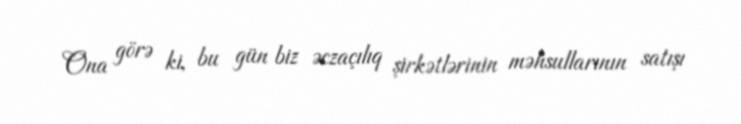
Ona görə ki, bu gün biz əczaçılıq şirkətlərinin məhsullarının satışı